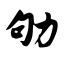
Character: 劬